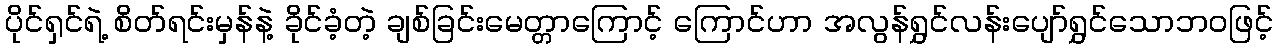
ပိုင်ရှင်ရဲ့ စိတ်ရင်းမှန်နဲ့ ခိုင်ခံ့တဲ့ ချစ်ခြင်းမေတ္တာကြောင့် ကြောင်ဟာ အလွန်ရွှင်လန်းပျော်ရွှင်သောဘဝဖြင့်